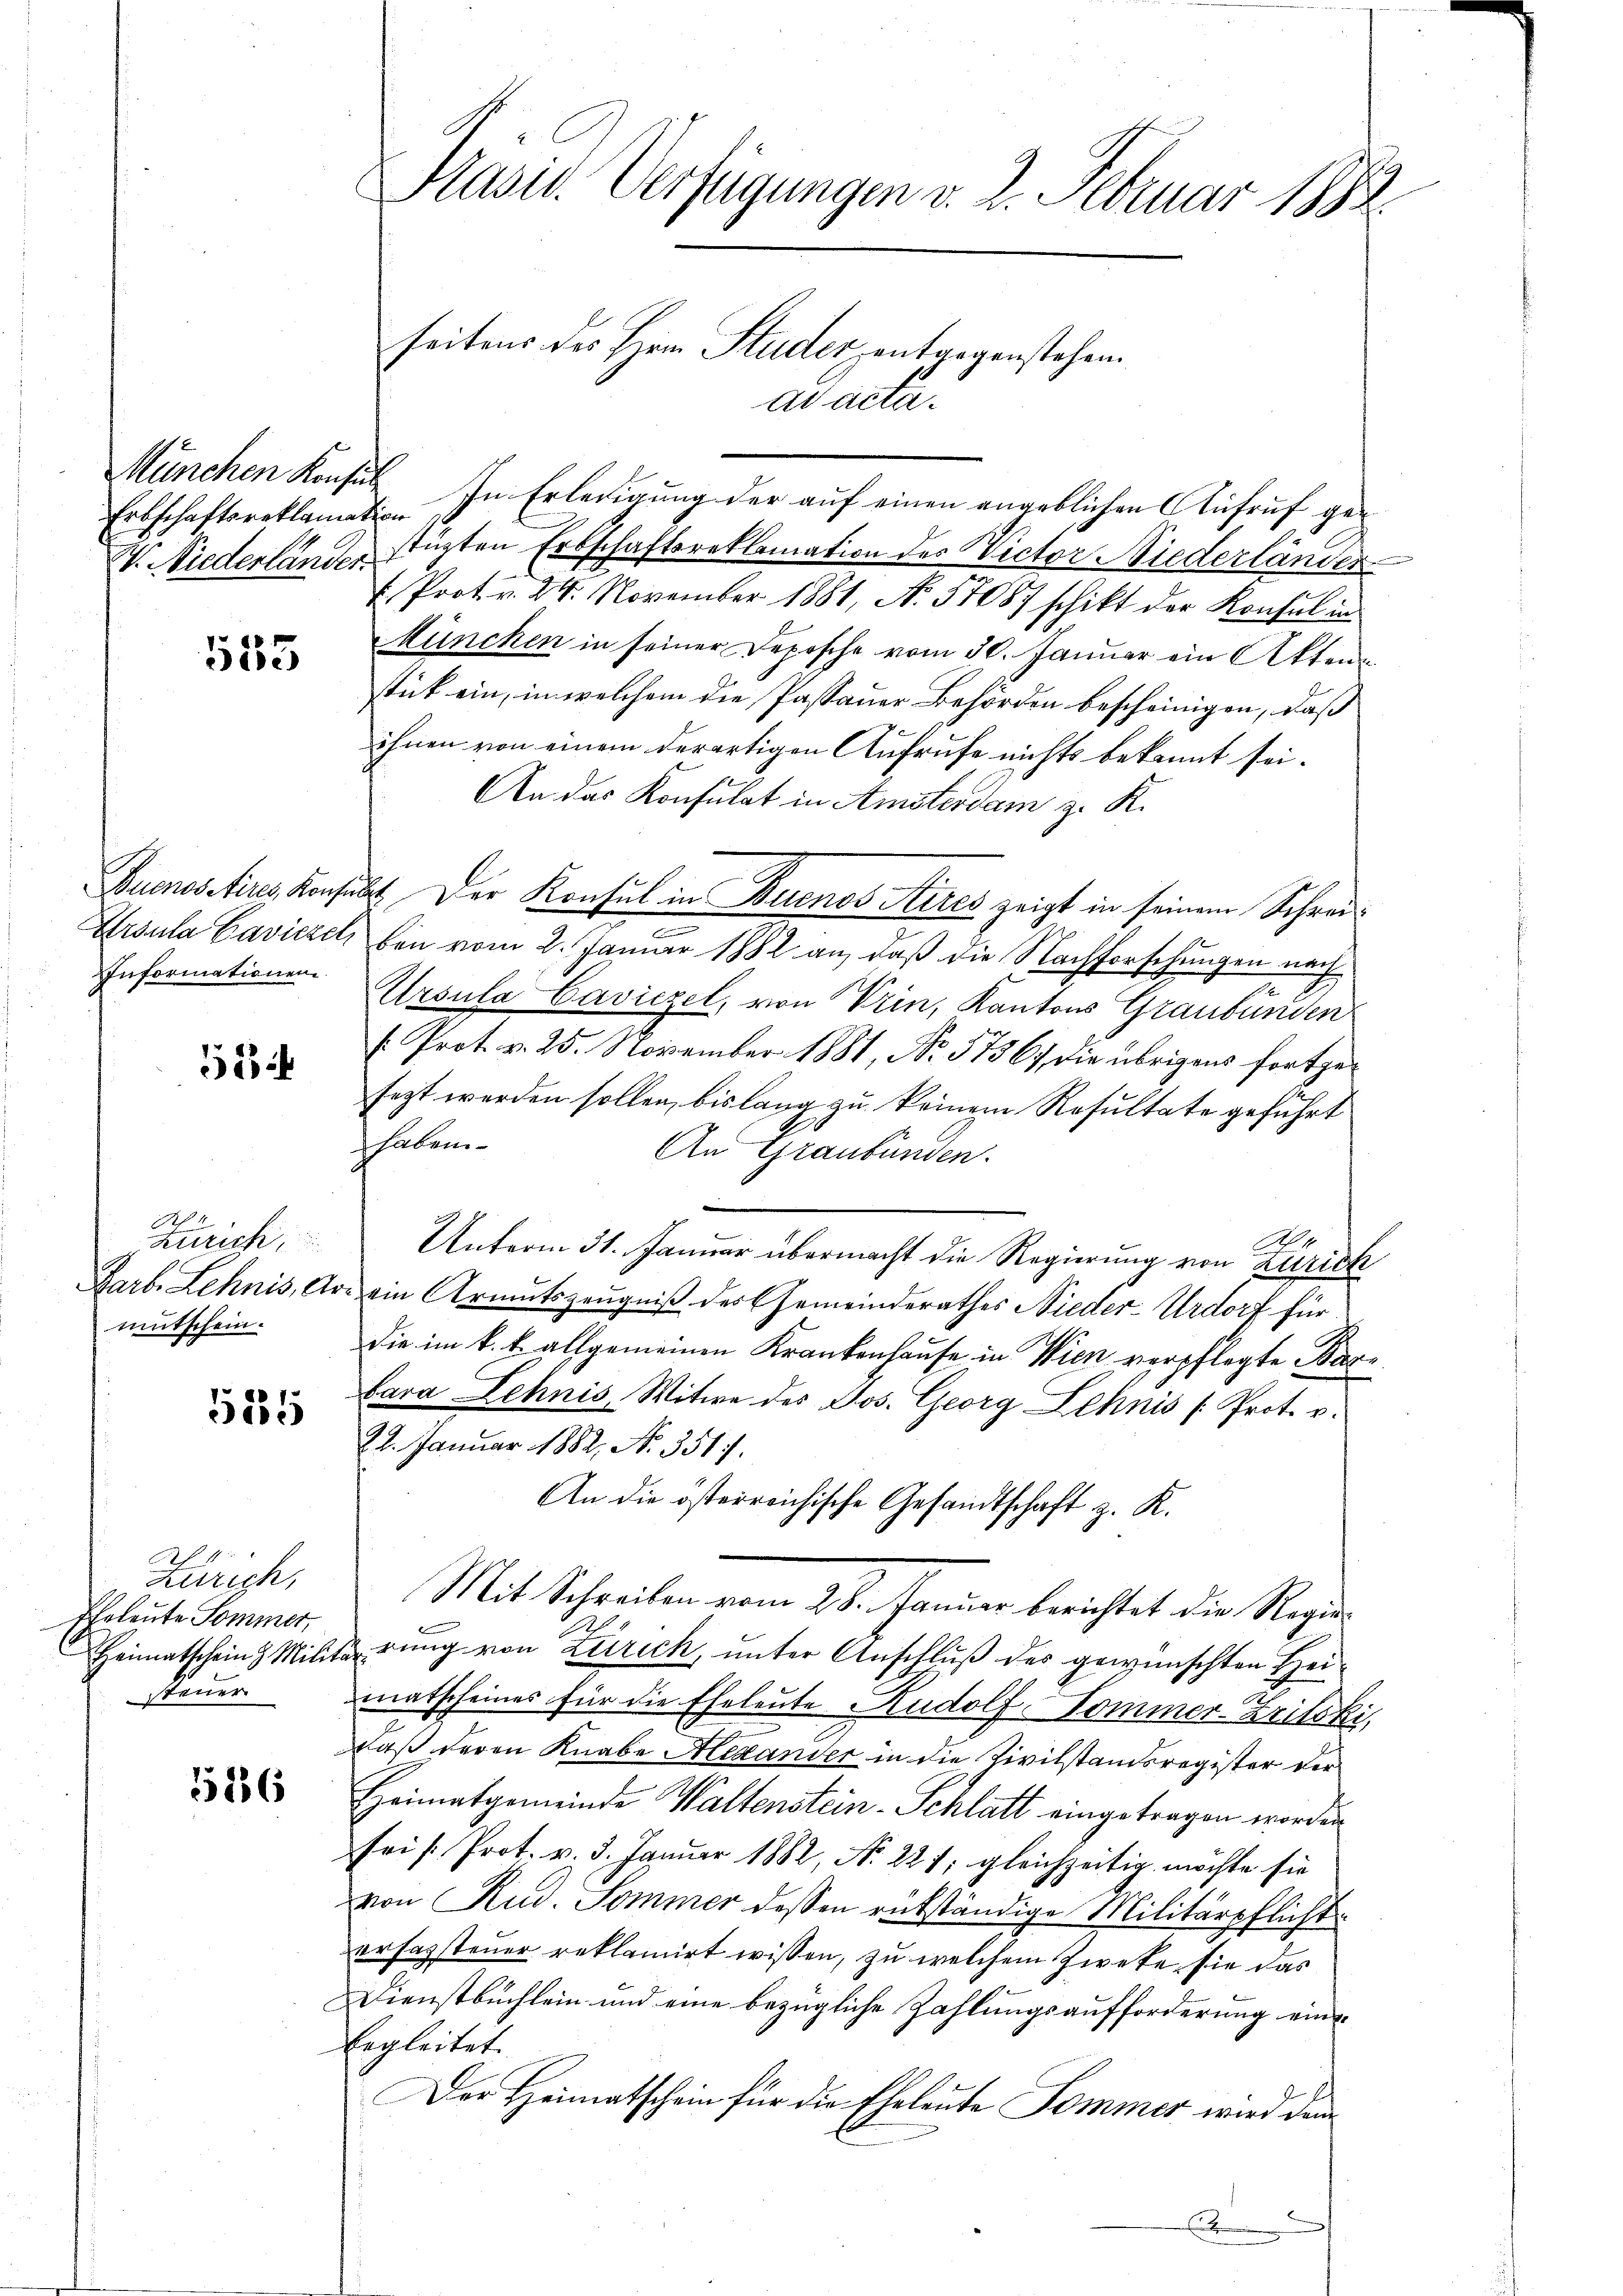
Erbschaftsreklamation

553

Informationen.

5

4
Zürich,

585

Zürich,
Eheleute Sommer,
Steuer

15286

de.
Ada
München Konsul In Erledigung der auf einen angeblichen Aufruf ge¬
VV. Niederländer Einzten Erbschaftsreklamation des Rector Niederländer
. Prot. v. 24. November 1881, No 58087 schikt der Konsul in
München in seiner Depesche vom 30. Januar ein Akten
stück ein, in welchem die Passauer Behörden bescheinigen, daß
ihnen von einem derartigen Aufrufe nichts bekannt sei.
An das Konsulat in Amsterdam z. K.
Buenositire, Konsuls. Der Konsul in Buenos Aires zeigt in seinem Schrei¬
Ursula Cavickel bei vom 2. Januar 1882 an, daß die Nachforschungen nach
Ursula Caviezel, von Trin, Kantons Graubünden
 Prot. v. 25. November 1881, No. 57567, die übrigens fortgesezt werden sollen, bis lang zu keinem Resultate geführt
haben
An Graubünden.
4
Unterm 31. Januar übermacht die Regierung von Zürich
Darb. Lehnis, Art ein Armutszeugniß der Gemeinderathes Nieder-Urdorf für
mutschein. Die im k. k. allgemeinen Krankenhause in Wien verpflegte Barbara Lehnis, Witwe des Jos. Georg Lehnis (Prot. v.
22. Januar 1882, No. 351.
An die österreichische Gesandtschaft z. K.
Mit Schreiben vom 25. Januar berichtet die Regie¬
Heimatschein Militärung von Zürich, unter Anschluß des gewünschten Heimatscheines für die Eheleute Rudolf-Sommer-Zeitski,
daß deren Knabe Alexander in die Zivilstandsregister der
Heimatgemeinde Waltenstein-Schlatt eingetragen worden.
sei Prot. v. 3. Januar 1882, No 227; gleichzeitig möchte sie
von Rud. Sommer dessen rükständige Militärpflicht
erfassteuer reklamirt wissen, zu welchem Zweke, sie das
Dienstbuchlein und eine bezügliche Zahlungsaufforderung ein¬
Ergleitet.
Der Heimatschein für die Eheleute Sommer wird demn
.

Präsid. Verfügungen v. 2. Februar 1882.
seitens des Hein Studer entgegenstehen.